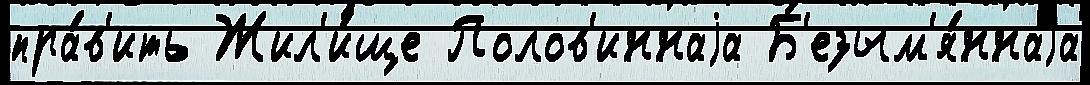
пра́в'ить Жил'и́ще Полов'иннаjа Б'езым'я́ннаjа